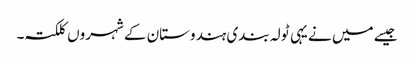
جیسے میں نے یہی ٹولہ بندی ہندوستان کے شہروں کلکتہ۔